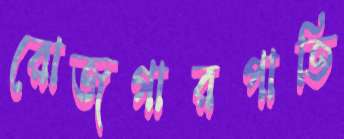
রোজগারপাতি